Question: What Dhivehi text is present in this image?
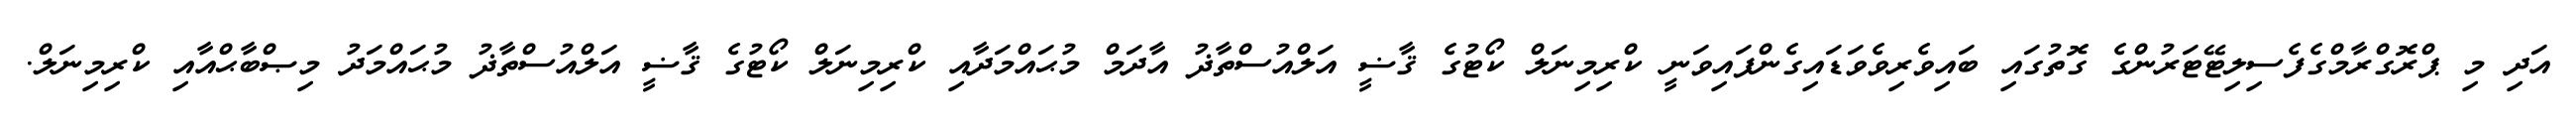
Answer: އަދި މި ޕްރޮގްރާމްގެފެސިލިޓޭޓަރުންގެ ގޮތުގައި ބައިވެރިވެވަޑައިގެންފައިވަނީ ކްރިމިނަލް ކޯޓުގެ ޤާޟީ އަލްއުސްތާޛު އާދަމް މުޙައްމަދާއި ކްރިމިނަލް ކޯޓުގެ ޤާޟީ އަލްއުސްތާޛު މުޙައްމަދު މިޞްބާޙްއާއި ކްރިމިނަލް.